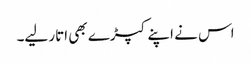
اس نے اپنے کپڑے بھی اتار لیے۔